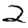
Digit: 2